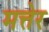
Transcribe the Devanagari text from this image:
मत्तेर